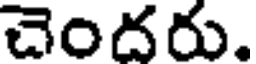
చెందరు.